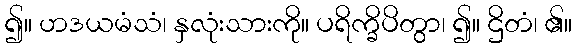
၍။ ဟဒယမံသံ၊ နှလုံးသားကို။ ပရိက္ခိပိတွာ၊ ၍။ ဌိတံ၊ ၏။